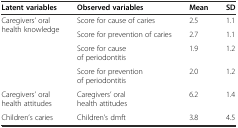
| Latent variables | Observed variables | Mean | SD |
 | --- | --- | --- | --- |
 | <ROWSPAN=4> Caregivers’ oral health knowledge | Score for cause of caries | 2.5 | 1.1 |
 | Score for prevention of caries | 2.7 | 1.1 |
 | Score for cause of periodontitis | 1.9 | 1.2 |
 | Score for prevention of periodontitis | 2.0 | 1.2 |
 | Caregivers’ oral health attitudes | Caregivers’ oral health attitudes | 6.2 | 1.4 |
 | Children’s caries | Children’s dmft | 3.8 | 4.5 |